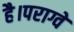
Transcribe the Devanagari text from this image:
है।पराग्वे